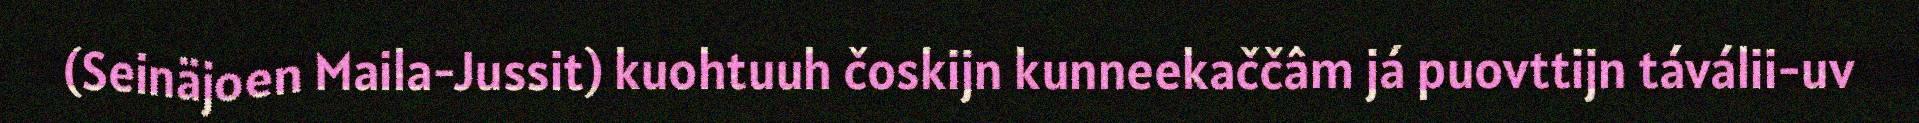
(Seinäjoen Maila-Jussit) kuohtuuh čoskijn kunneekaččâm já puovttijn táválii-uv